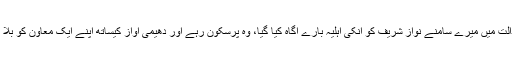
احتساب عدالت میں میرے سامنے نواز شریف کو انکی اہلیہ بارے آگاہ کیا گیا، وہ پرسکون رہے اور دھیمی آواز کیساتھ اپنے ایک معاون کو بلا کر کہا کہ۔